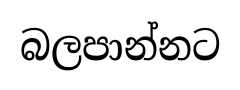
බලපාන්නට